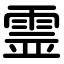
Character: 霊